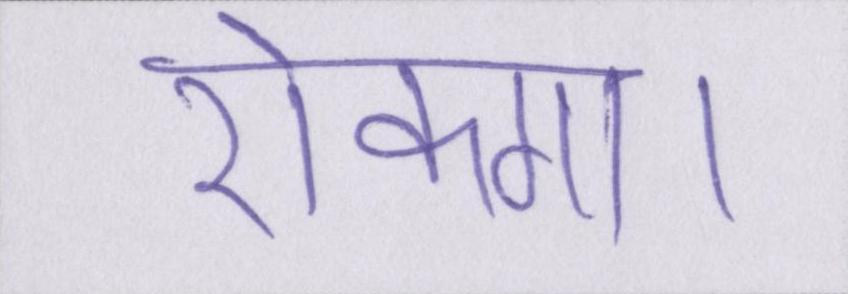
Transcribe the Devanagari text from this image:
रोकगा।